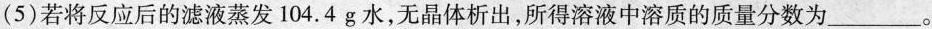
(5)若将反应后的滤液蒸发104.4g水，无晶体析出，所得溶液中溶质的质量分数为___。